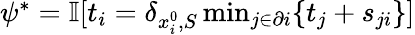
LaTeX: \begin{array}{r}{\psi^{*}=\mathbb{I}[t_{i}=\delta_{x_{i}^{0},S}\operatorname*{min}_{j\in\partial i}\{ t_{j}+s_{ji}\} ]}\end{array}